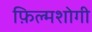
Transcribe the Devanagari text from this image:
फ़िल्मशोगी